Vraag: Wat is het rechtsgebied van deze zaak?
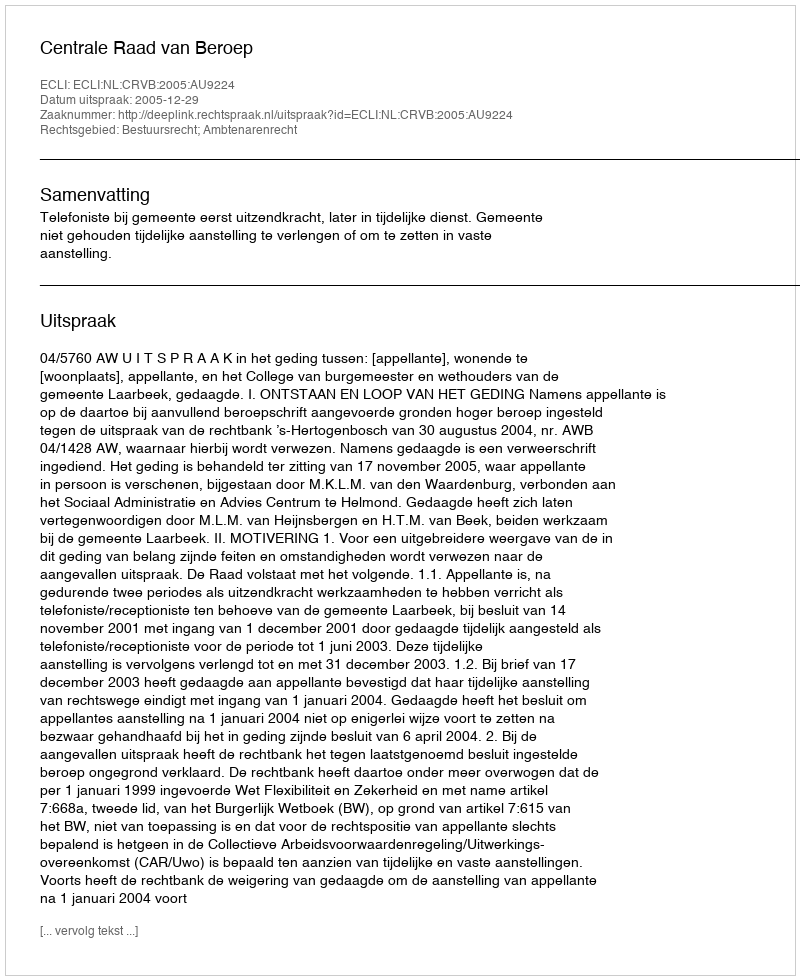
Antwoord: Bestuursrecht; Ambtenarenrecht